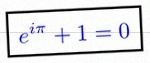
e^{i\pi}+1=0